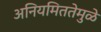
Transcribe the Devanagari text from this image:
अनियमिततेमुळे